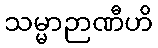
သမ္မာဉာဏီဟိ